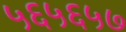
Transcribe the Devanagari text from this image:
५६५६५७